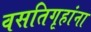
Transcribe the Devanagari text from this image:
वसतिगृहांना